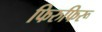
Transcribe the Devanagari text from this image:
फिरुफिरू